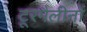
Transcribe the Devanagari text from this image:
टूरमैलीनों